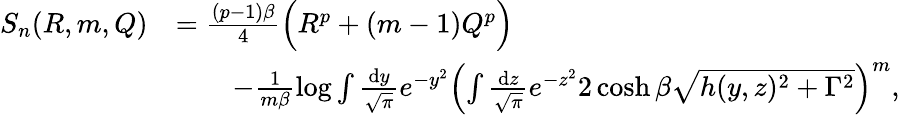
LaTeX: \begin{array}{rl}{S_{n}(R,m,Q)}&{=\frac{(p-1)\beta}{4}\Big(R^{p}+(m-1)Q^{p}\Big)}\\ &{\qquad-\frac{1}{m\beta}\log{\int\frac{\textrm{d}y}{\sqrt{\pi}}e^{-y^{2}}\left(\int\frac{\textrm{d}z}{\sqrt{\pi}}e^{-z^{2}}2\cosh{\beta\sqrt{h(y,z)^{2}+\Gamma^{2}}}\right)^{m}},}\end{array}